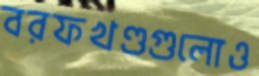
বরফখণ্ডগুলোও